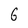
Character: G